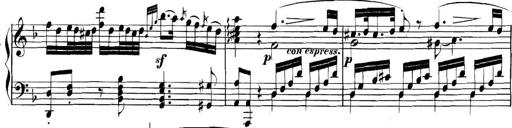
Title: Collected Piano Sonatas
Composer: Muzio Clementi